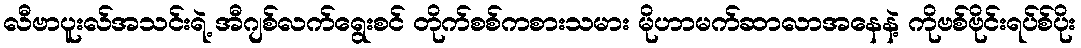
လီဗာပူးလ်အသင်းရဲ့ အီဂျစ်လက်ရွေးစင် တိုက်စစ်ကစားသမား မိုဟာမက်ဆာလာအနေနဲ့ ကိုဗစ်ဗိုင်းရပ်စ်ပိုး